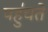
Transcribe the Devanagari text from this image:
पहु॑चते